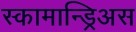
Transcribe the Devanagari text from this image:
स्कामान्ड्रिअस